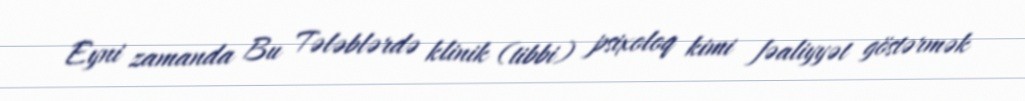
Eyni zamanda Bu Tələblərdə klinik (tibbi) psixoloq kimi fəaliyyət göstərmək